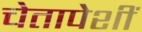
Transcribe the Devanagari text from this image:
चेतापेशीं